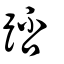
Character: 踎